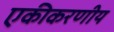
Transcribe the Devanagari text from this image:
एकीकरणीय